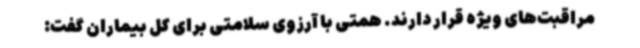
مراقبت‌های ویژه قرار دارند. همتی با آرزوی سلامتی برای کل بیماران گفت: